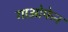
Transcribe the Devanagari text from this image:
गाओफेन